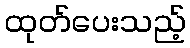
ထုတ်ပေးသည့်